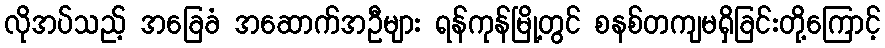
လိုအပ်သည့် အခြေခံ အဆောက်အဦများ ရန်ကုန်မြို့တွင် စနစ်တကျမရှိခြင်းတို့ကြောင့်